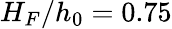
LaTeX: H_{F}/h_{0}=0.75